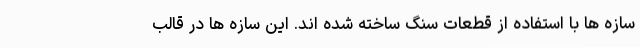
سازه ها با استفاده از قطعات سنگ ساخته شده اند. این سازه ها در قالب